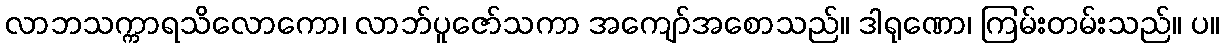
လာဘသက္ကာရသိလောကော၊ လာဘ်ပူဇော်သကာ အကျော်အစောသည်။ ဒါရုဏော၊ ကြမ်းတမ်းသည်။ ပ။